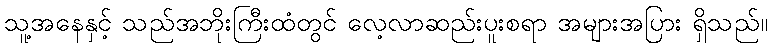
သူ့အနေနှင့် သည်အဘိုးကြီးထံတွင် လေ့လာဆည်းပူးစရာ အများအပြား ရှိသည်။